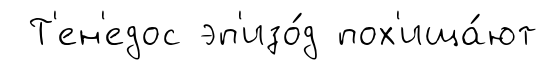
Т'ен'едос эп'изо́д пох'ища́ют